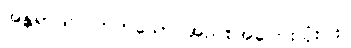
အန္တရာယ်ပြုတတ်သော အညစ်အကြေးသုံးပါး။